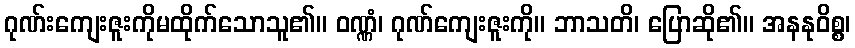
ဂုဏ်းကျေးဇူးကိုမထိုက်သောသူ၏။ ဝဏ္ဏံ၊ ဂုဏ်ကျေးဇူးကို။ ဘာသတိ၊ ပြောဆို၏။ အနနုဝိစ္စ၊